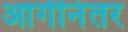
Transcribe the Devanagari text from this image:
आगीनंतर